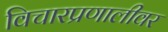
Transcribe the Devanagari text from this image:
विचारप्रणालीवर